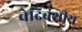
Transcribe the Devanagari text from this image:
चेदिवंशीय